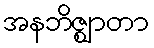
အနဘိဇ္ဈာတာ